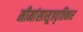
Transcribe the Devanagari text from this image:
मीमांसासूत्रवृत्तिकार